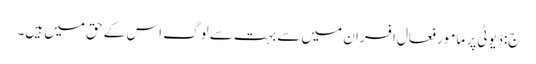
ج: ڈیوٹی پر مامور فعال افسران میں سے بہت سے لوگ اس کے حق میں ہیں۔